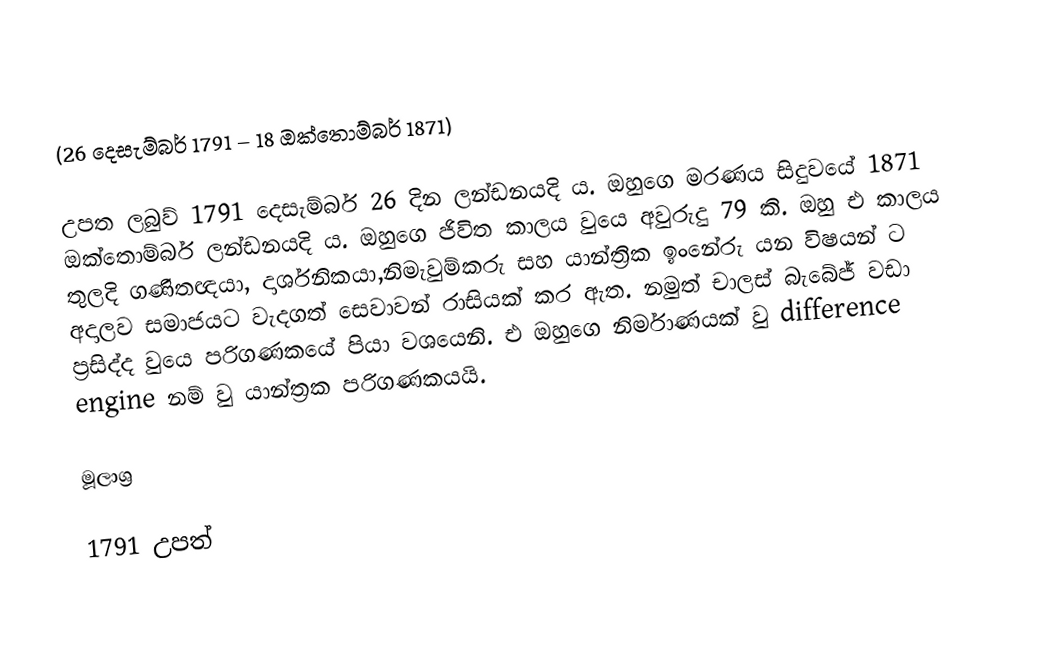
(26 දෙසැම්බර් 1791 – 18 ඔක්තොම්බර් 1871)

උපත ලබුව් 1791 දෙසැම්බර් 26 දින ලන්ඩනයදි ය. ඔහුගෙ මරණය සිදුවයේ  1871 ඔක්තොම්බර් ලන්ඩනයදි ය. ඔහුගෙ ජිවිත කාලය වුයෙ අවුරුදු 79 කි. ඔහු එ කාලය තුලදි ගණිතඥයා, දාර්ශනිකයා,නිමැවුම්කරු සහ යාන්ත්‍රික ඉංනේරු යන විෂයන් ට අදාලව සමාජයට වැදගත් සෙවාවන් රාසියක් කර ඇත. නමුත් චාලස් බැබේජ් වඩා ප්‍රසිද්ද වුයෙ පරිගණකයේ  පියා වශයෙනි.  එ ඔහුගෙ නිර්මාණයක් වු difference engine නම් වු යාන්ත්‍රක පරිගණකයයි.

මූලාශ්‍ර

1791 උපත්